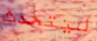
ليتحدث